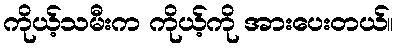
ကိုယ့်သမီးက ကိုယ့်ကို အားပေးတယ်။